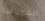
الفيزيائية